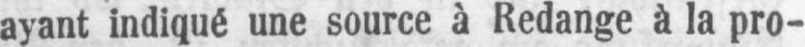
ayant indiqué une source à Redange à la pro-